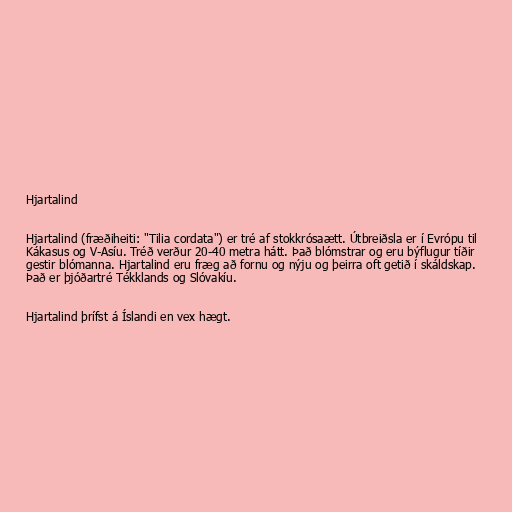
Hjartalind

Hjartalind (fræðiheiti: "Tilia cordata") er tré af stokkrósaætt. Útbreiðsla er í Evrópu til
Kákasus og V-Asíu. Tréð verður 20-40 metra hátt. Það blómstrar og eru býflugur tíðir
gestir blómanna. Hjartalind eru fræg að fornu og nýju og þeirra oft getið í skáldskap.
Það er þjóðartré Tékklands og Slóvakíu.

Hjartalind þrífst á Íslandi en vex hægt.